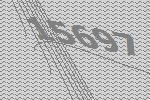
15697